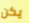
يكن